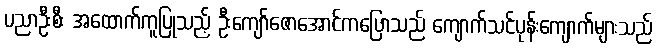
ပညာဦးစီး အထောက်ကူပြုသည့် ဦးကျော်ဇောအောင်ကပြောသည် ကျောက်သင်ပုန်းကျောက်များသည်